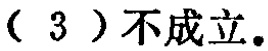
（3）不成立。